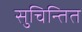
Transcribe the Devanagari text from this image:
सुचिन्तित